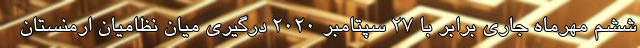
ششم مهرماه جاری برابر با ۲۷ سپتامبر ۲۰۲۰ درگیری میان نظامیان ارمنستان